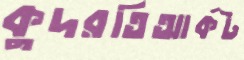
কুদরতিআর্কট